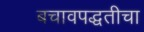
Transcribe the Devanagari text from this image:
बचावपद्धतीचा